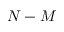
N - M